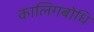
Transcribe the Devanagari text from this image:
कालिंगबोधि